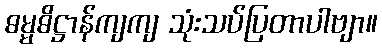
ဓမ္မဓိဋ္ဌာန်ကျကျ သုံးသပ်ပြတာပါဗျာ။